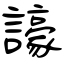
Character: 譹